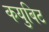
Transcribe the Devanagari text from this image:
कयुबिट